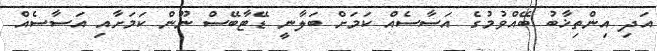
އަދި އިންތިޚާބު ބޭއްވުމުގެ އަސާސެއް ކަމަށް ބަލާނީ ޑޭޓާބޭސް ނޫން ކަމަށާއި އަސާސެއް